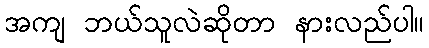
အကျ ဘယ်သူလဲဆိုတာ နားလည်ပါ။